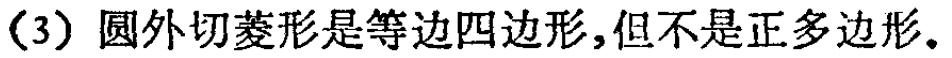
(3) 圆外切菱形是等边四边形,但不是正多边形.